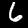
Digit: 6